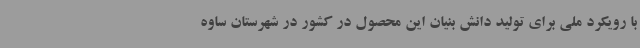
با رویکرد ملی برای تولید دانش بنیان این محصول در کشور در شهرستان ساوه